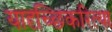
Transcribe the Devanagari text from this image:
यादृच्छिकरित्या